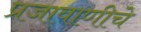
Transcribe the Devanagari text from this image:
प्रजावाणीचे